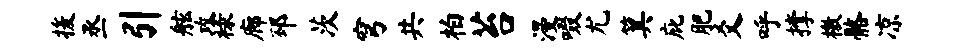
援丞引舷攻禄廊邳茨穹共柏苔漫啜尤箕庇肥爻呼撑檄髂凉